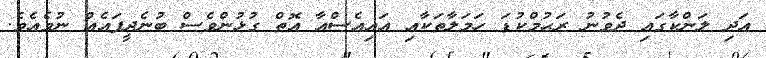
އަދި ލަންކާގައި ދެވުނު ރަޙުމްކުޑަ ހަމަލާތަކާއި އައިއެސްއާ އޮތް ގުޅުންވެސް ބުނެދީފައެއް ނުވެއެވެ.